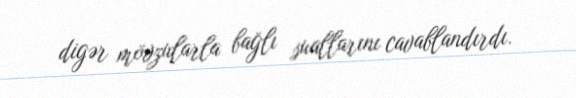
digər mövzularla bağlı suallarını cavablandırdı.